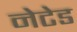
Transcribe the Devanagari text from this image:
नेटेड